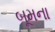
બૂમના